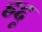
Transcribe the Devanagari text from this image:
हद्दू